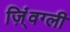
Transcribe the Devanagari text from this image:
ज़िं्वग्ली